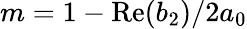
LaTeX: m=1-\mathrm{Re}(b_{2})/2a_{0}